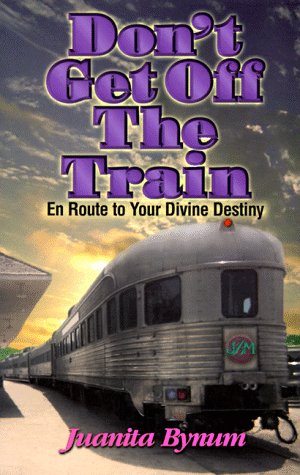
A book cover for Don't Get Off the Train: En Route to Your Divine Destination; Juanita Bynum; Christian Books & Bibles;